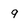
Character: 9